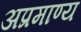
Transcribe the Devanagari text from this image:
अप्रमाण्य